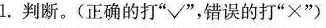
1.判断。(正确的打”√”，错误的打”×”)